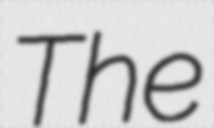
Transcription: The